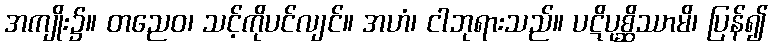
အကျိုး၌။ တညေဝ၊ သင့်ကိုပင်လျင်။ အဟံ၊ ငါဘုရားသည်။ ပဋိပုစ္ဆိဿာမိ၊ ပြန်၍